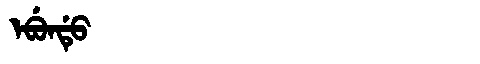
Manchu: ᡝᠪᡠᠨᡩᡠ
Romanization: EBUNDU